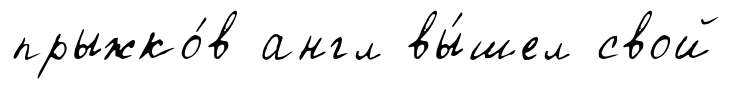
прыжко́в англ вы́шел свой